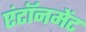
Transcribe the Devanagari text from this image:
एंटॉनमेंट